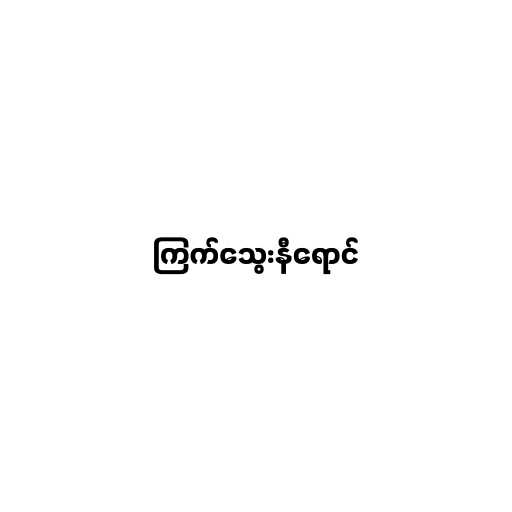
ကြက်သွေးနီရောင်